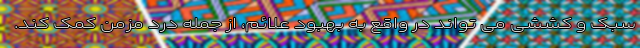
سبک و کششی می تواند در واقع به بهبود علائم، از جمله درد مزمن کمک کند.